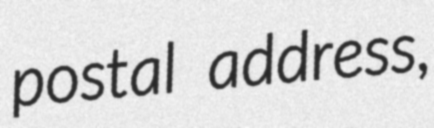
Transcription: postal address,